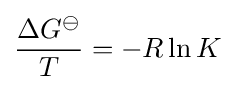
{\frac {\Delta G^{\ominus }}{T}}=-R\ln K